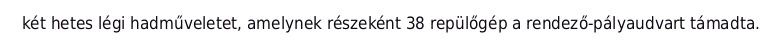
két hetes légi hadműveletet, amelynek részeként 38 repülőgép a rendező-pályaudvart támadta.